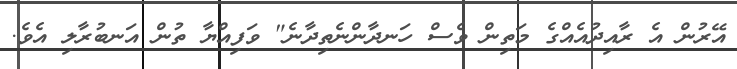
އޭރުން އެ ރާއިދުއެއްގެ މަތިން ވެސް ހަނދާންނެތިދާނެ" ވަފިއްޔާ ތުން އަނބުރާލި އެވެ.